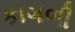
કાગળી